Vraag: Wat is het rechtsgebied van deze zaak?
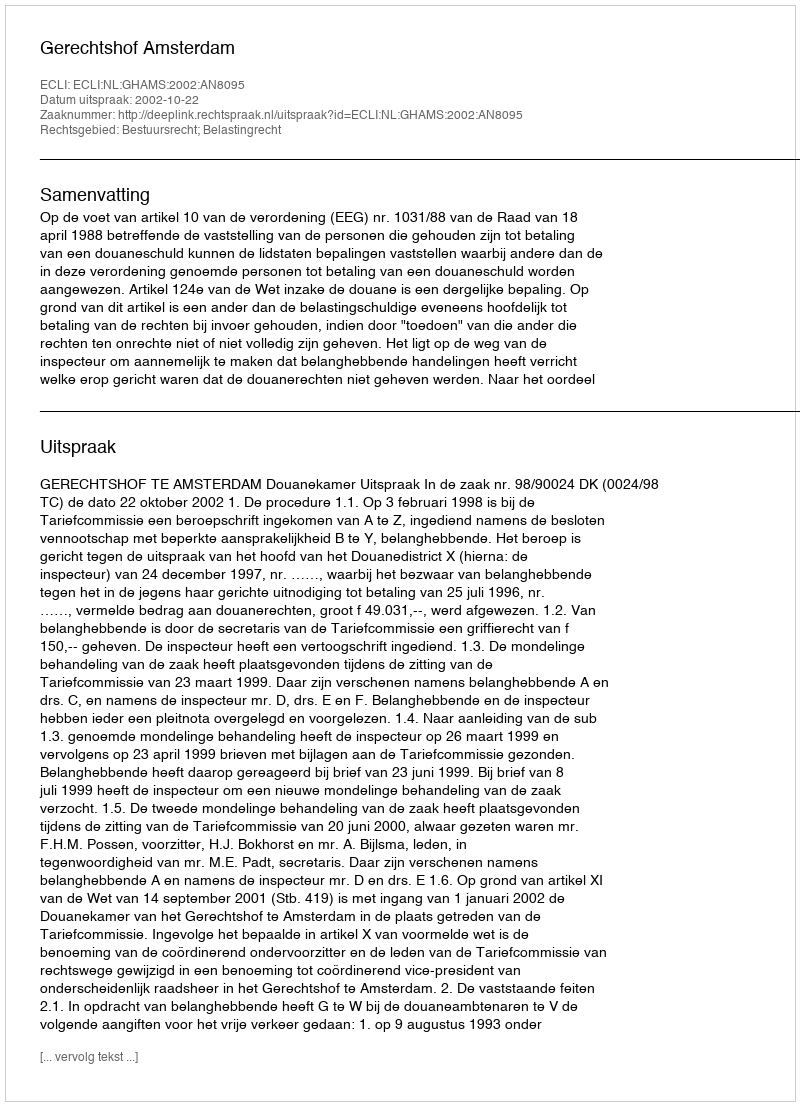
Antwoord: Bestuursrecht; Belastingrecht